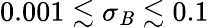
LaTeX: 0.001\lesssim\sigma_{\mathit{B}}\lesssim0.1